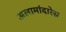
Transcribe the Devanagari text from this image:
अलामांदारेस